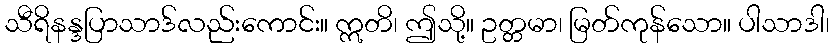
သီရိနန္ဒပြာသာဒ်လည်းကောင်း။ ဣတိ၊ ဤသို့။ ဥတ္တမာ၊ မြတ်ကုန်သော။ ပါသာဒါ၊